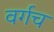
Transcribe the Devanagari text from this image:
वर्गच